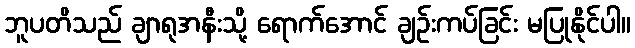
ဘူပတိသည် ချာရုအနီးသို့ ရောက်အောင် ချဉ်းကပ်ခြင်း မပြုနိုင်ပါ။